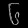
Digit: ၆